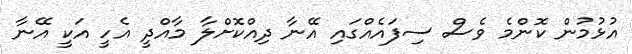
އުޅުމުން ކޮންމެ ވެސް ސިފައެއްގައި އޭނާ ދިއްކޮށްލާ މާއްދީ އެހީ އަކީ އޭނާ